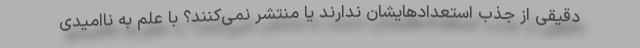
دقیقی از جذب استعدادهایشان ندارند یا منتشر نمی‌كنند؟ با علم به ناامیدی